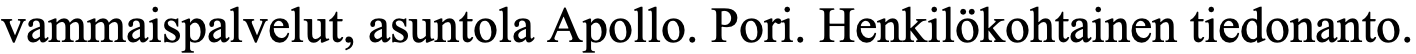
vammaispalvelut, asuntola Apollo. Pori. Henkilökohtainen tiedonanto.